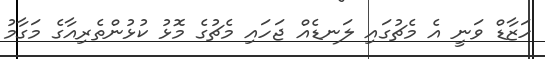
ހަޒާޑް ވަނީ އެ މެޗުގައި ލަނޑެއް ޖަހައި މެޗުގެ މޮޅު ކުޅުންތެރިއާގެ މަގާމު